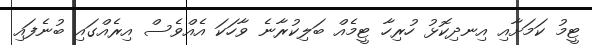
ޓީމު ކަމަށާއި އިނދިކޮޅު ހުރިހާ ޓީމެއް ބަލިކުރާނެ ވާހަކަ އެއްވެސް އިރެއްގައި ބުނެފައި